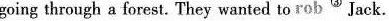
going through a forest. They wanted to rob^{③} Jack.